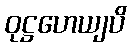
ဝုဋ္ဌဟေယျပိ